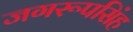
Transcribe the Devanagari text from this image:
जगरूपसिंह